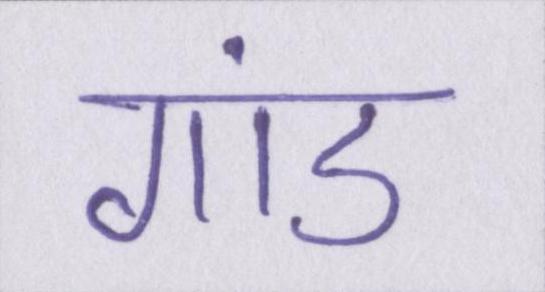
गांड